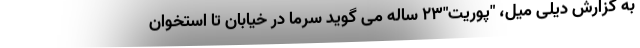
به گزارش دیلی میل، "پوریت"۲۳ ساله می گوید سرما در خیابان تا استخوان